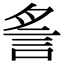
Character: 䚻